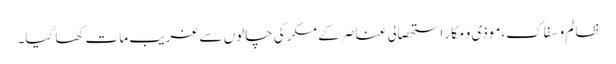
ظالم و سفاک،موذی و مکار استحصالی عناصر کے مکر کی چالوں سے غریب مات کھا گیا۔